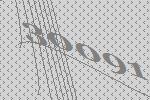
30091